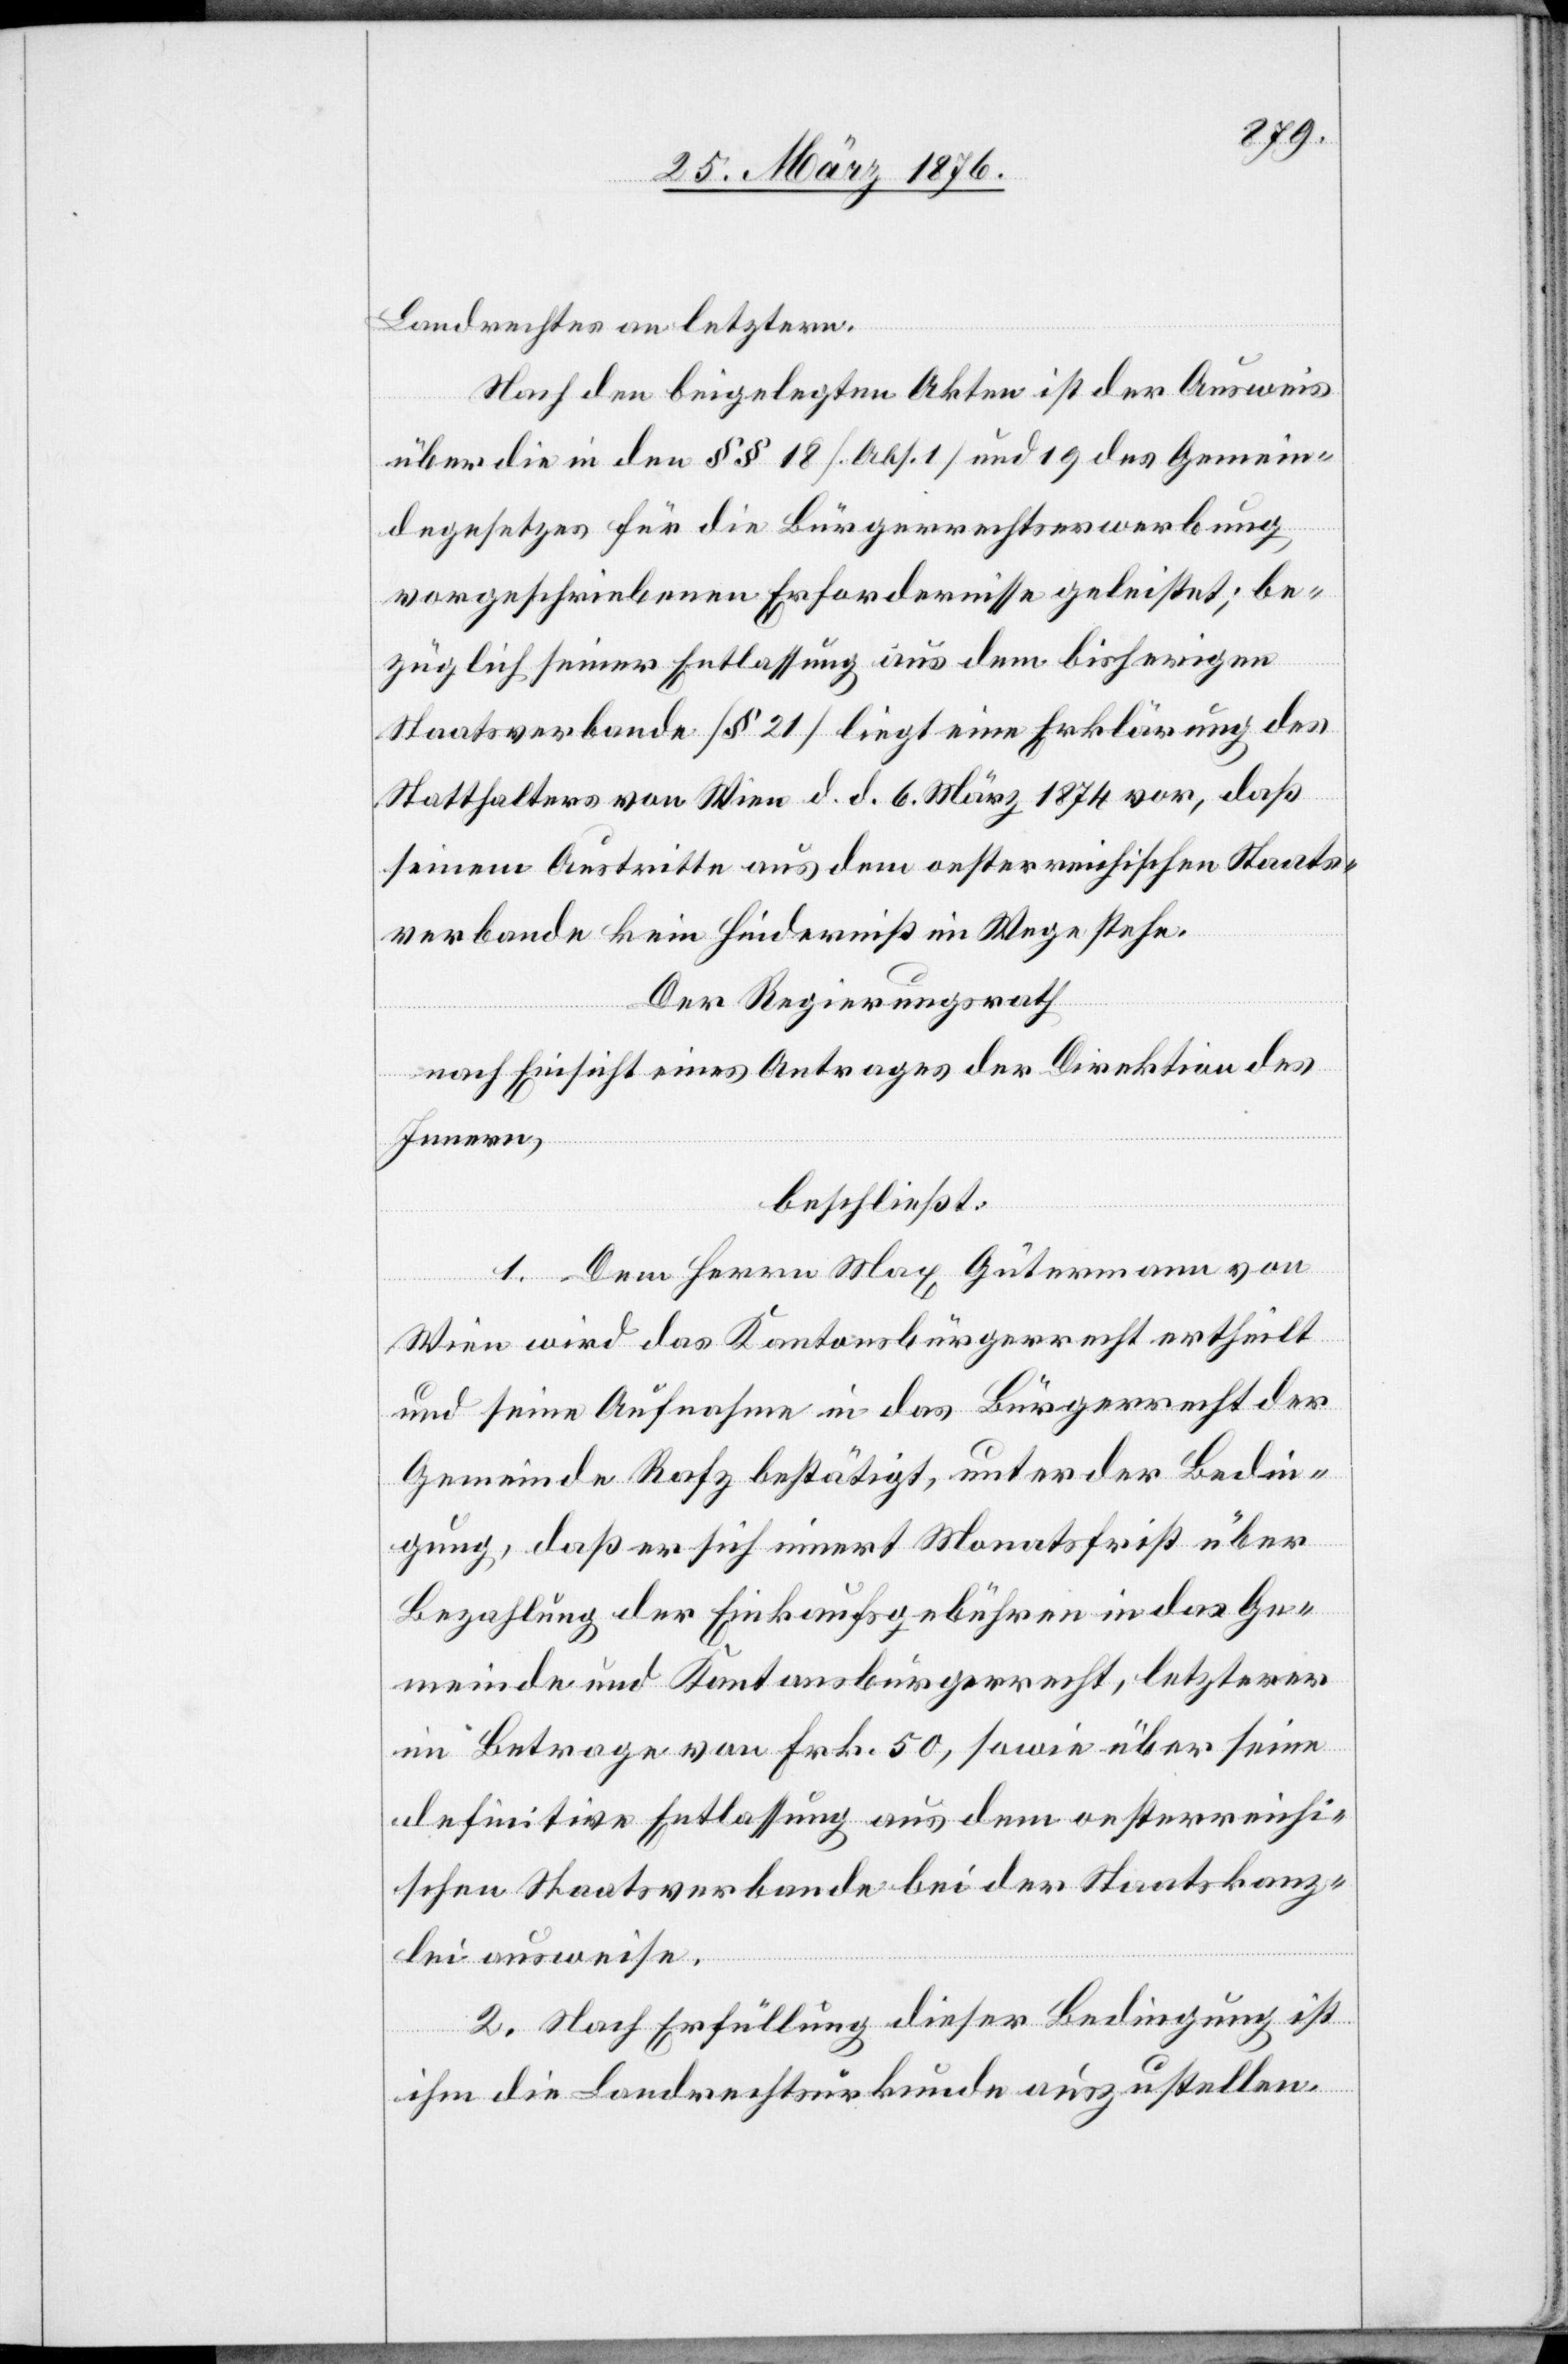
Landrechtes an letztern.
Nach den beigelegten Akten ist der Ausweis
über die in den §§ 18 [Abs. 1] und 19 des Gemein¬
degesetzes für die Bürgerrechtserwerbung
vorgeschriebenen Erfordernisse geleistet; be¬
züglich seiner Entlassung aus dem bisherigen
Staatsverbande [§ 21] liegt eine Erklärung des
Statthalters von Wien d. d. 6. März 1874 vor, daß
seinem Austritte aus dem oesterreichischen Staats¬
verbande kein Hinderniß im Wege stehe.
Der Regierungsrath
nach Einsicht eines Antrages der Direktion des
Innern,
beschließt:
1. Dem Herrn Max Gütermann von
Wien wird das Kantonsbürgerrecht ertheilt
und seine Aufnahme in das Bürgerrecht der
Gemeinde Rafz bestätigt, unter der Bedin¬
gung, daß er sich innert Monatsfrist über
Bezahlung der Einkaufsgebühren in das Ge¬
meinde und Kantonsbürgerrecht, letzterer
im Betrage von Frk. 50, sowie über seine
definitive Entlassung aus dem oesterreichi¬
schen Staatsverbande bei der Staatskanz¬
lei ausweise.
2. Nach Erfüllung dieser Bedingung ist
ihm die Landrechtsurkunde auszustellen.